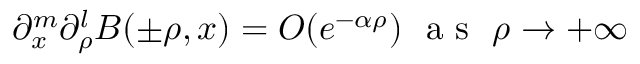
\begin{array} { r } { \partial _ { x } ^ { m } \partial _ { \rho } ^ { l } B ( \pm \rho , x ) = O ( e ^ { - \alpha \rho } ) \ \mathrm { ~ a ~ s ~ } \ \rho \rightarrow + \infty } \end{array}